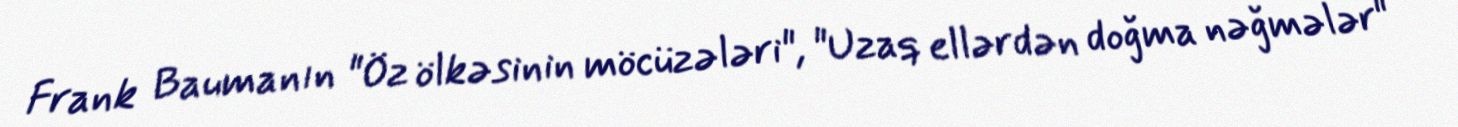
Frank Baumanın "Öz ölkəsinin möcüzələri", "Uzaq ellərdən doğma nəğmələr"